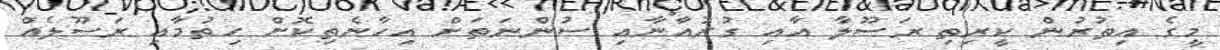
މީގެ އިތުރުން ކީރިތި ރަސޫލާ އާއި ގުރުއާނާއި ސުންނަތަށް އިހާނެތިކޮށް ހިތުމާއި ރަސޫލެއް